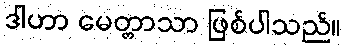
ဒါဟာ မေတ္တာသာ ဖြစ်ပါသည်။